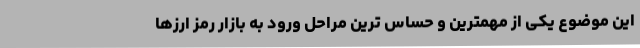
این موضوع یکی از مهمترین و حساس ترین مراحل ورود به بازار رمز ارزها